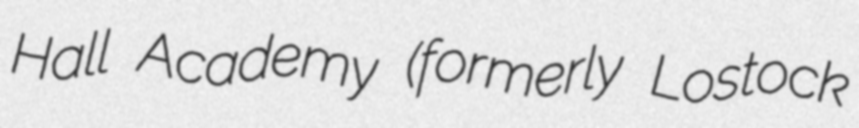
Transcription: Hall Academy (formerly Lostock